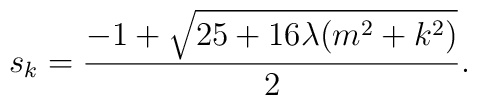
s_k = \frac{-1 + \sqrt{25 + 16 \lambda (m^2 + k^2)}}{2}.